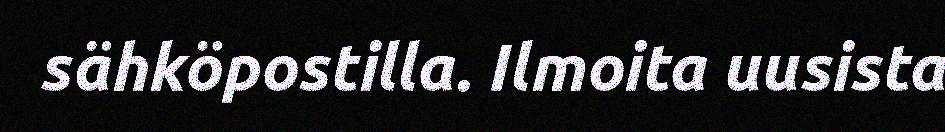
sähköpostilla. Ilmoita uusista